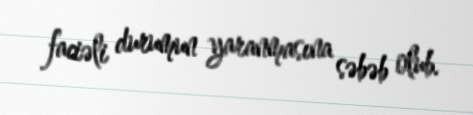
faciəli durumun yaranmasına səbəb olub.